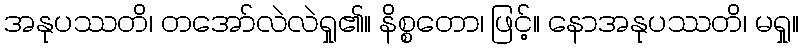
အနုပဿတိ၊ တအော်လဲလဲရှု၏။ နိစ္စတော၊ ဖြင့်။ နောအနုပဿတိ၊ မရှု။